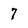
Character: 7